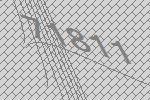
71811